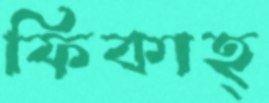
ফিকাহ্